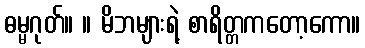
ဓမ္မဂုတ်။ ။ မိဘများရဲ့ စာရိတ္တကတော့ကော။